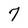
Character: 7